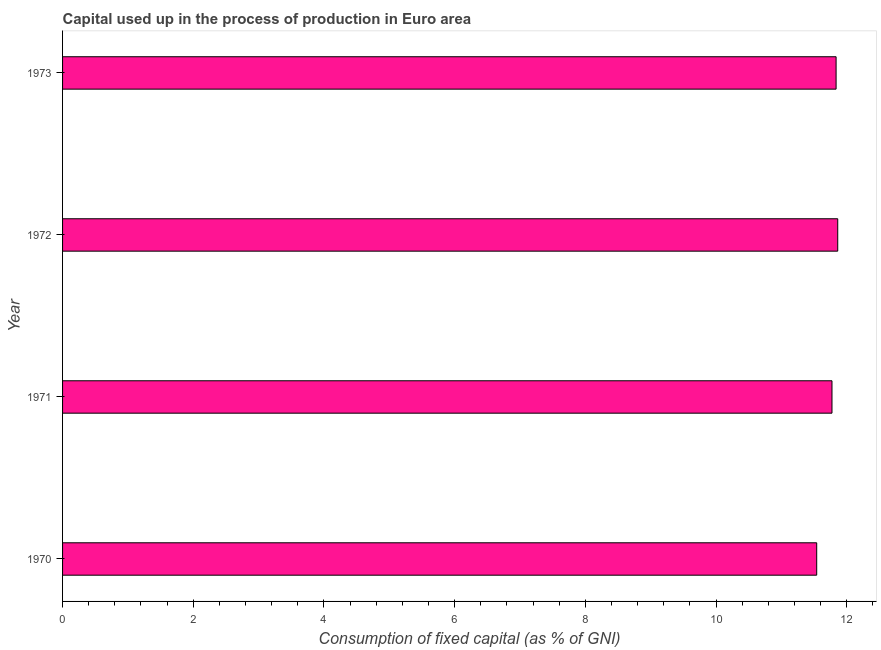
| Year | Consumption of fixed capital |
 | --- | --- |
 | 1970 | 11.5 |
 | 1971 | 11.8 |
 | 1972 | 11.9 |
 | 1973 | 11.8 |